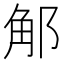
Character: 𨛥